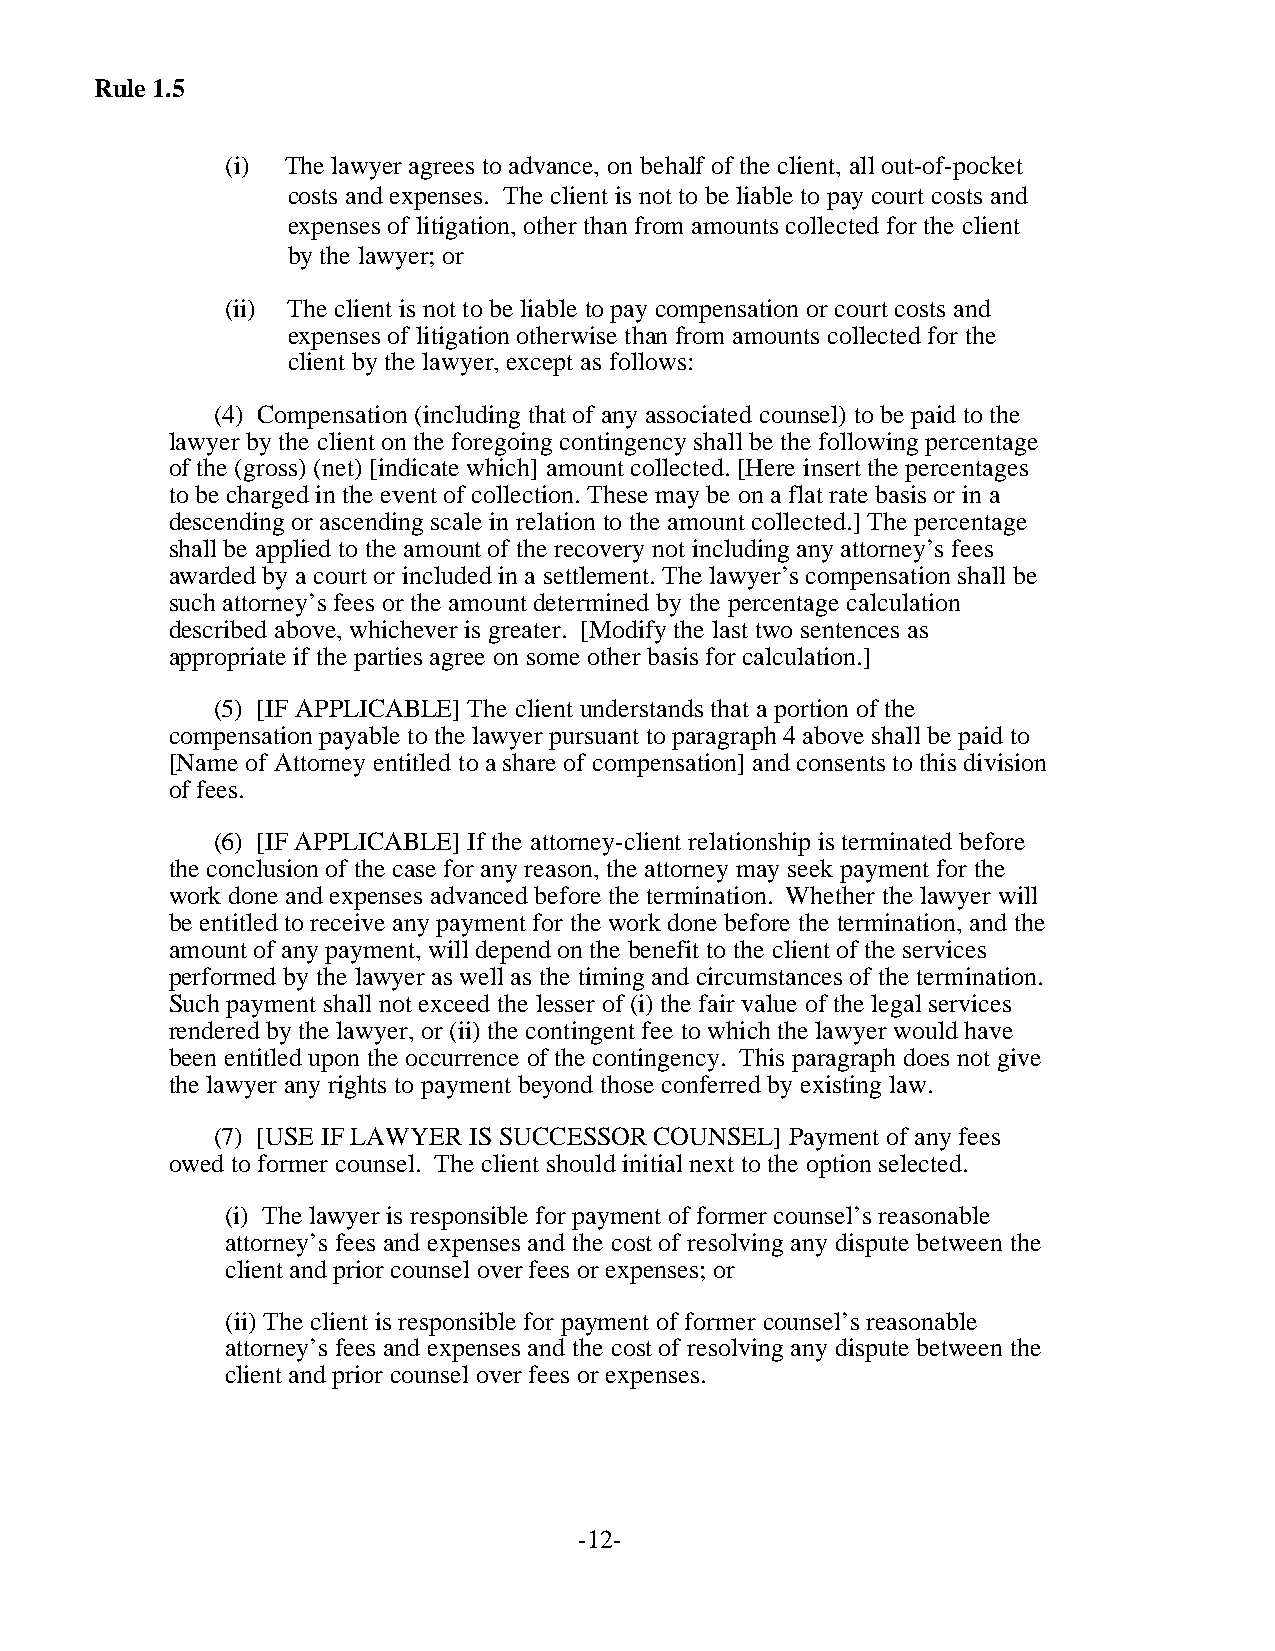
Rule 1.5
 (i) The lawyer agrees to advance, on behalf of the client, all out-of-pocket
 costs and expenses. The client is not to be liable to pay court costs and
 expenses of litigation, other than from amounts collected for the client
 by the lawyer; or
 (ii) The client is not to be liable to pay compensation or court costs and
 expenses of litigation otherwise than from amounts collected for the
 client by the lawyer, except as follows:
 (4) Compensation (including that of any associated counsel) to be paid to the
 lawyer by the client on the foregoing contingency shall be the following percentage
 of the (gross) (net) [indicate which] amount collected. [Here insert the percentages
 to be charged in the event of collection. These may be on a flat rate basis or in a
 descending or ascending scale in relation to the amount collected.] The percentage
 shall be applied to the amount of the recovery not including any attorney’s fees
 awarded by a court or included in a settlement. The lawyer’s compensation shall be
 such attorney’s fees or the amount determined by the percentage calculation
 described above, whichever is greater. [Modify the last two sentences as
 appropriate if the parties agree on some other basis for calculation.]
 (5) [IF APPLICABLE] The client understands that a portion of the
 compensation payable to the lawyer pursuant to paragraph 4 above shall be paid to
 [Name of Attorney entitled to a share of compensation] and consents to this division
 of fees.
 (6) [IF APPLICABLE] If the attorney-client relationship is terminated before
 the conclusion of the case for any reason, the attorney may seek payment for the
 work done and expenses advanced before the termination. Whether the lawyer will
 be entitled to receive any payment for the work done before the termination, and the
 amount of any payment, will depend on the benefit to the client of the services
 performed by the lawyer as well as the timing and circumstances of the termination.
 Such payment shall not exceed the lesser of (i) the fair value of the legal services
 rendered by the lawyer, or (ii) the contingent fee to which the lawyer would have
 been entitled upon the occurrence of the contingency. This paragraph does not give
 the lawyer any rights to payment beyond those conferred by existing law.
 (7) [USE IF LAWYER IS SUCCESSOR COUNSEL] Payment of any fees
 owed to former counsel. The client should initial next to the option selected.
 (i) The lawyer is responsible for payment of former counsel’s reasonable
 attorney’s fees and expenses and the cost of resolving any dispute between the
 client and prior counsel over fees or expenses; or
 (ii) The client is responsible for payment of former counsel’s reasonable
 attorney’s fees and expenses and the cost of resolving any dispute between the
 client and prior counsel over fees or expenses.
 -12-